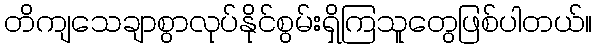
တိကျသေချာစွာလုပ်နိုင်စွမ်းရှိကြသူတွေဖြစ်ပါတယ်။